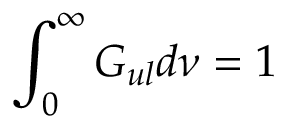
\int _ { 0 } ^ { \infty } G _ { u l } d \nu = 1